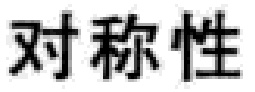
对称性